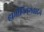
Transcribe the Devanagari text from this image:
हार्मोनियमवादन